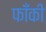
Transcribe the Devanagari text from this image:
फाँकी